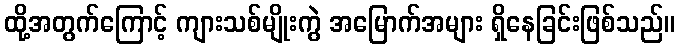
ထို့အတွက်ကြောင့် ကျားသစ်မျိုးကွဲ အမြောက်အများ ရှိနေခြင်းဖြစ်သည်။